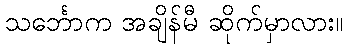
သင်္ဘောက အချိန်မီ ဆိုက်မှာလား။